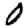
Digit: 0